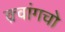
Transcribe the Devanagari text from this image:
क़्वांगचो